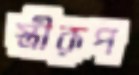
স্ত্রীরূপ